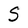
Character: S